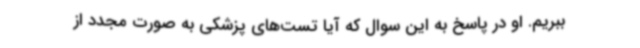
ببریم. او در پاسخ به این سوال که آیا تست‌های پزشکی به صورت مجدد از